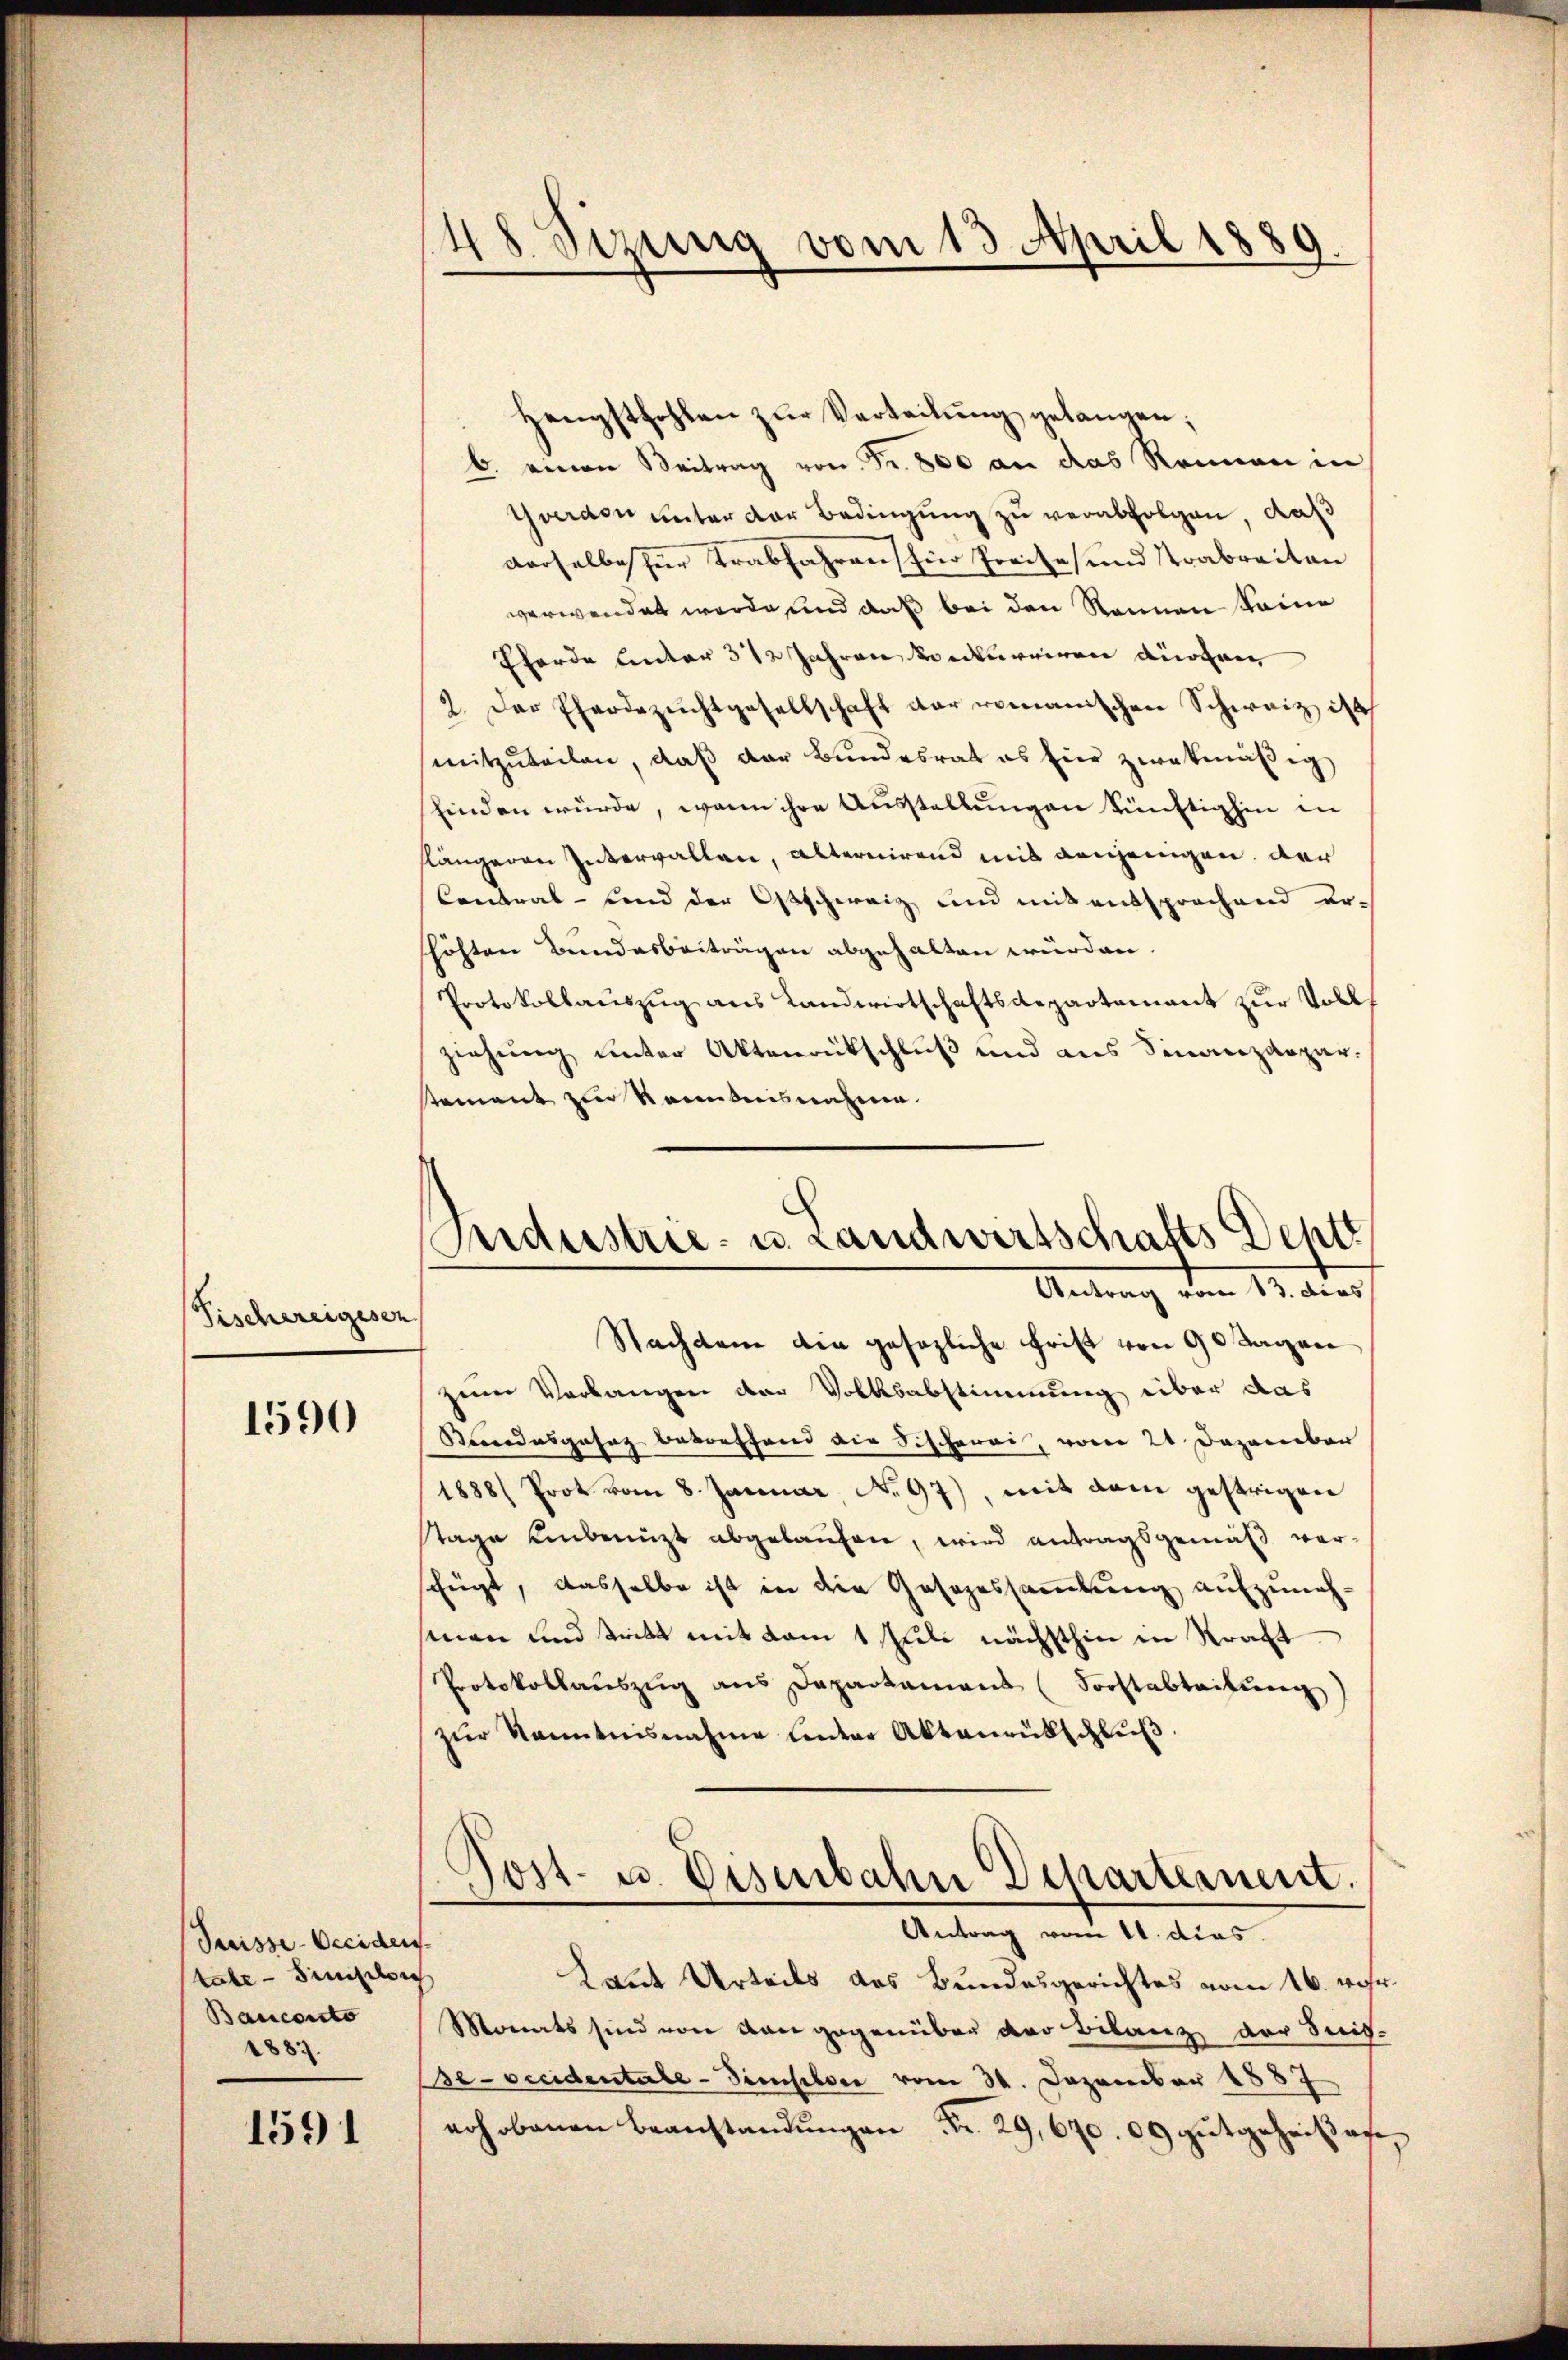
Fischereigesen

1590

Suisse-Occiden
tabe - Simploi
Bauconto
1887.

1591

48 Sizung vom 13. April 1889.

Industrie- u. Landwirtschafts Deptt
 von 13. dies

Hengsthohlen zŭr Verteilŭng gelangen:
b. einen Beitrag von Fr. 800 an das Reinen in
Yverden unter der Bedingung zu verabfolgen, daß
verselbe für Trabfahren für Preise und Trabreiten
verwendet werde, und daß bei den Rennen keine
Eferde unter 312 Jahren vorderniren durchen
2. Der Eherdezeichtgesellschaft der romanischen Schweiz ist
mitzuteilen, daß der Bundesrat es hier zwekmäßig
finden würde, wenn ihre Ausstellungen künftighin in
slängeren Intervallen, alternirend mit denjenigen. Der
Contral- und der Ostschweiz und mit entsprochend er-
höhten Bundesbeiträgen abgehalten würden.
Protokollauszug aus Landwirtschaftsdepartement zur Vollziehung unter Aktenrückschluß und aus Finanzdeparsteinent zur Kenntnisnahme.
Nachdem die gesezliche Frist von 90 Tagen
zum Verlangen der Volksabstimmung über das
Standesgasaz besonstand die Fischerei, vom 21 Dezember
1888/ Prot vom 8. Januar No. 97), mit dem gestrigen
tage unbenuzt abgelaufen, wird antragsgemäß ver-
fügt, dasselbe ist in die Gesezessammlung aufzuneh-
sinen und tritt mit vom 1 Juli nächsthin in Straft
Protokollauszug aus Departamens (Forstabteilŭng
zŭr kanntensnahme einer Aktenrütschlŭβ
Post- u. Eisenbahn Dchartement.
Antrag vom 11. dies
Laut Urteils des Bundesgerichtes vom 16. wahr.
Monats sind von den gegenüber der Bilanz der Seit-
Be-occidentale - Dieseler vom 30. Dezember 1887
rohobenen Beanstandŭngen Fr. 29,670. 09 gutgeheißen